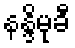
နန္ဒိမုခီ